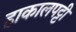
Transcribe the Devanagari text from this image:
हाकालपट्टी